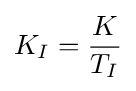
K_{I}={\frac {K}{T_{I}}}